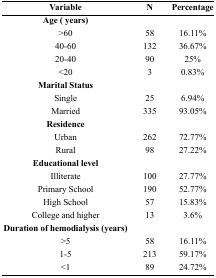
<table><thead><tr><td><b>Variable</b></td><td><b>N</b></td><td><b>Percentage</b></td></tr></thead><tbody><tr><td><b>Age (years)</b></td><td></td><td></td></tr><tr><td>&gt;60</td><td>58</td><td>16.11%</td></tr><tr><td>40–60</td><td>132</td><td>36.67%</td></tr><tr><td>20–40</td><td>90</td><td>25%</td></tr><tr><td>&lt;20</td><td>3</td><td>0.83%</td></tr><tr><td><b>Marital Status</b></td><td></td><td></td></tr><tr><td>Single</td><td>25</td><td>6.94%</td></tr><tr><td>Married</td><td>335</td><td>93.05%</td></tr><tr><td><b>Residence</b></td><td></td><td></td></tr><tr><td>Urban</td><td>262</td><td>72.77%</td></tr><tr><td>Rural</td><td>98</td><td>27.22%</td></tr><tr><td><b>Educational level</b></td><td></td><td></td></tr><tr><td>Illiterate</td><td>100</td><td>27.77%</td></tr><tr><td>Primary School</td><td>190</td><td>52.77%</td></tr><tr><td>High School</td><td>57</td><td>15.83%</td></tr><tr><td>College and higher</td><td>13</td><td>3.6%</td></tr><tr><td><b>Duration of hemodialysis (years)</b></td><td></td><td></td></tr><tr><td>&gt;5</td><td>58</td><td>16.11%</td></tr><tr><td>1–5</td><td>213</td><td>59.17%</td></tr><tr><td>&lt;1</td><td>89</td><td>24.72%</td></tr></tbody></table>